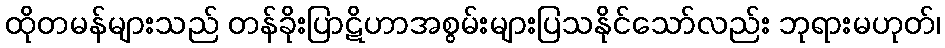
ထိုတမန်များသည် တန်ခိုးပြာဋိဟာအစွမ်းများပြသနိုင်သော်လည်း ဘုရားမဟုတ်၊